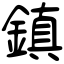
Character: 鎭